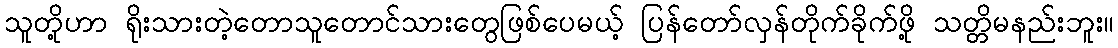
သူတို့ဟာ ရိုးသားတဲ့တောသူတောင်သားတွေဖြစ်ပေမယ့် ပြန်တော်လှန်တိုက်ခိုက်ဖို့ သတ္တိမနည်းဘူး။